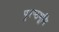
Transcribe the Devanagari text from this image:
पृश्ष्‍ठभूमि